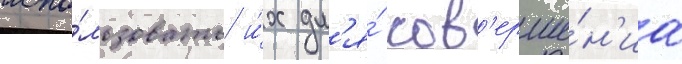
испо́льзовать и́х дл'я́ сов'ерше́н'иа